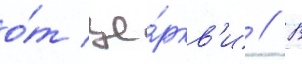
о́т це́ркв'и // В